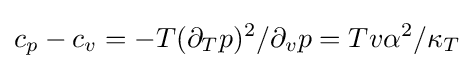
c_{p}-c_{v}=-T(\partial _{T}p)^{2}/\partial _{v}p=Tv\alpha ^{2}/\kappa _{T}